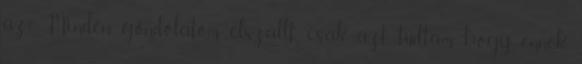
az?” Minden gondolatom elszállt, csak azt tudtam, hogy ennek